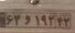
۶۳و۱۹۲۴۳